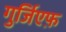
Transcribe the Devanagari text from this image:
गुर्जि़एफ़